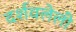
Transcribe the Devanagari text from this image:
दर्शवलेली